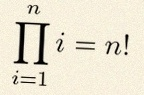
\prod_{i=1}^{n}i=n!